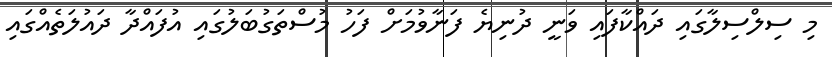
މި ސިލްސިލާގައި ދައްކާފައި ވަނީ ދުނިޔެ ފަނާވުމަށް ފަހު މުސްތަގުބަލުގައި އުފައްދާ ދައުލަތެއްގައި